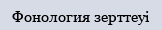
Фонология зерттеуі